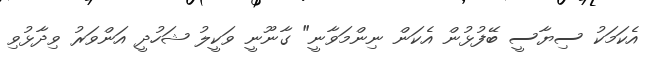
އެކަމަކު ސިޔާސީ ބޭފުޅުން އެކަން ނިންމަވާނީ" ގާނޫނީ ވަކީލު ޝަހުދީ އަންވަރު ވިދާޅުވި